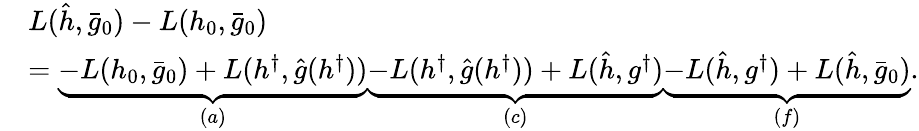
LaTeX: \begin{array}{rl}&{L(\hat{h},\bar{g}_{0})-L(h_{0},\bar{g}_{0})}\\ &{=\underbrace{-L(h_{0},\bar{g}_{0})+L(h^{\dagger},\hat{g}(h^{\dagger}))}_{(a)}\underbrace{-L(h^{\dagger},\hat{g}(h^{\dagger}))+L(\hat{h},g^{\dagger})}_{(c)}\underbrace{-L(\hat{h},g^{\dagger})+L(\hat{h},\bar{g}_{0})}_{(f)}.}\end{array}